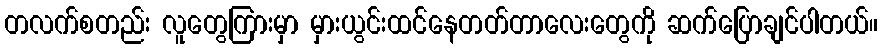
တလက်စတည်း လူတွေကြားမှာ မှားယွင်းထင်နေတတ်တာလေးတွေကို ဆက်ပြောချင်ပါတယ်။